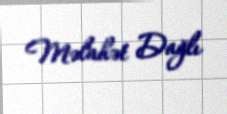
Məlahət Dağlı